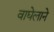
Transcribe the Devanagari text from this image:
वाघेलाने